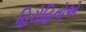
હિરોહિતોએ